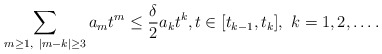
\begin{align*}\sum_{m\ge 1,\ |m-k|\ge 3} a_m t^m\le \frac{\delta}{2} a_k t^k, t\in [t_{k-1}, t_k],\ k=1,2,\dots.\end{align*}